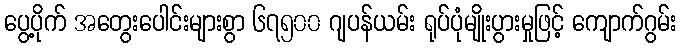
ပွေ့ပိုက် အတွေးပေါင်းများစွာ ၆၇၅၀၀ ဂျပန်ယမ်း ရုပ်ပုံမျိုးပွားမှုဖြင့် ကျောက်ဂွမ်း